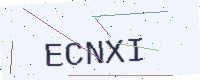
Text: ECNXI